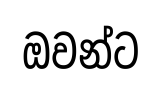
ඔවන්ට